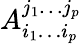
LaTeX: A_{i_{1}\dotsc i_{p}}^{j_{1}\dotsc j_{p}}